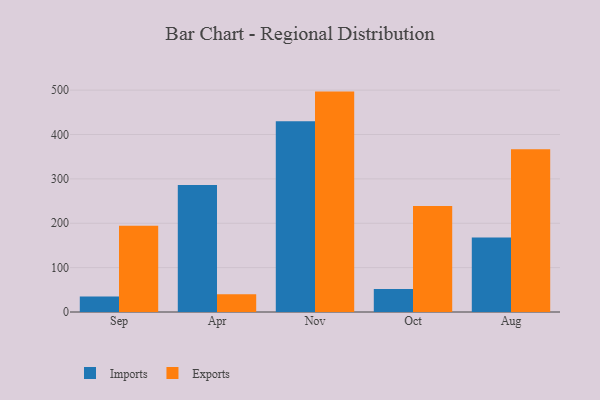
{"axis": {"x": "Month", "y": "Inventory Turnover"}, "legend": ["Exports", "Imports"], "data": [{"x": "Sep", "y": 35.2, "type": "Imports"}, {"x": "Sep", "y": 194.6, "type": "Exports"}, {"x": "Apr", "y": 286.4, "type": "Imports"}, {"x": "Apr", "y": 39.8, "type": "Exports"}, {"x": "Nov", "y": 430.1, "type": "Imports"}, {"x": "Nov", "y": 496.7, "type": "Exports"}, {"x": "Oct", "y": 51.8, "type": "Imports"}, {"x": "Oct", "y": 238.7, "type": "Exports"}, {"x": "Aug", "y": 167.9, "type": "Imports"}, {"x": "Aug", "y": 366.8, "type": "Exports"}]}